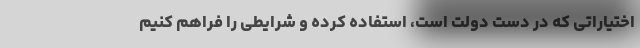
اختیاراتی که در دست دولت است، استفاده کرده و شرایطی را فراهم کنیم